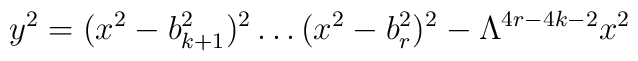
y^2 = (x^2 - b_{k+1}^{2})^2 \ldots (x^2 - b_{r}^{2})^2	- \Lambda ^{4r-4k-2} x^2